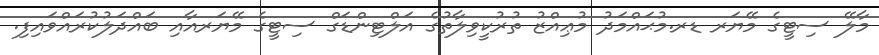
މާލޭ ސިޓީގެ މޭޔަރ ޑރ.މުޙައްމަދު މުޢިއްޒު ތުރުކީވިލާތުގެ އަލްޓިންޑަގް ސިޓީގެ މޭޔަރއާއި ބައްދަލުކުރައްވައިފި.